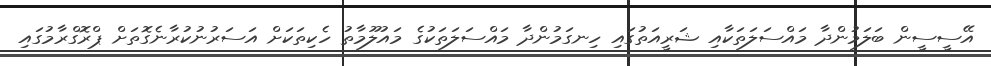
އޭސީސީން ބަލަމުންދާ މައްސަލަތަކާއި ޝަރީއަތުގައި ހިނގަމުންދާ މައްސަލަތަކުުގެ މައުލޫމާތު ހެކިތަކަށް އަސަރުނުކުރާނެގޮތަށް ޕްރޮގްރާމުގައި